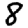
Digit: 8